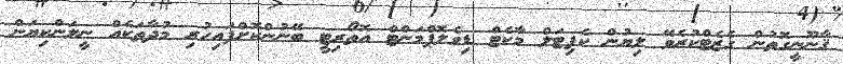
ޤާނޫނީގޮތުން ގެޒެޓްކުރެވޭ ލިޔުން ކެޕިޓަލް މާކެޓް ޑިވެލޮޕްމަންޓް އޮތޯރިޓީ ބޭނުންކޮށްފައިހުރި މުދާތަކެއް ނީލަންކިޔަން